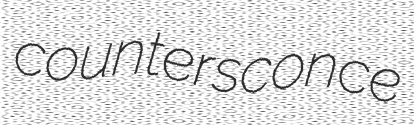
countersconce